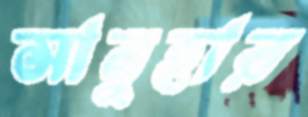
সানুহার